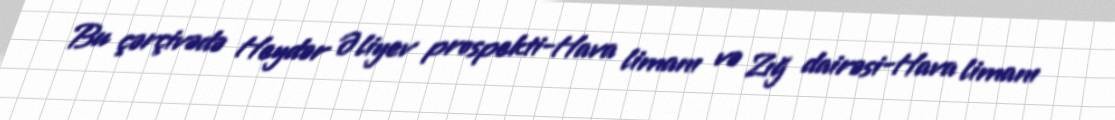
Bu çərçivədə Heydər Əliyev prospekti-Hava limanı və Zığ dairəsi-Hava limanı